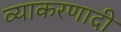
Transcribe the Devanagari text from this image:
व्याकरणादी